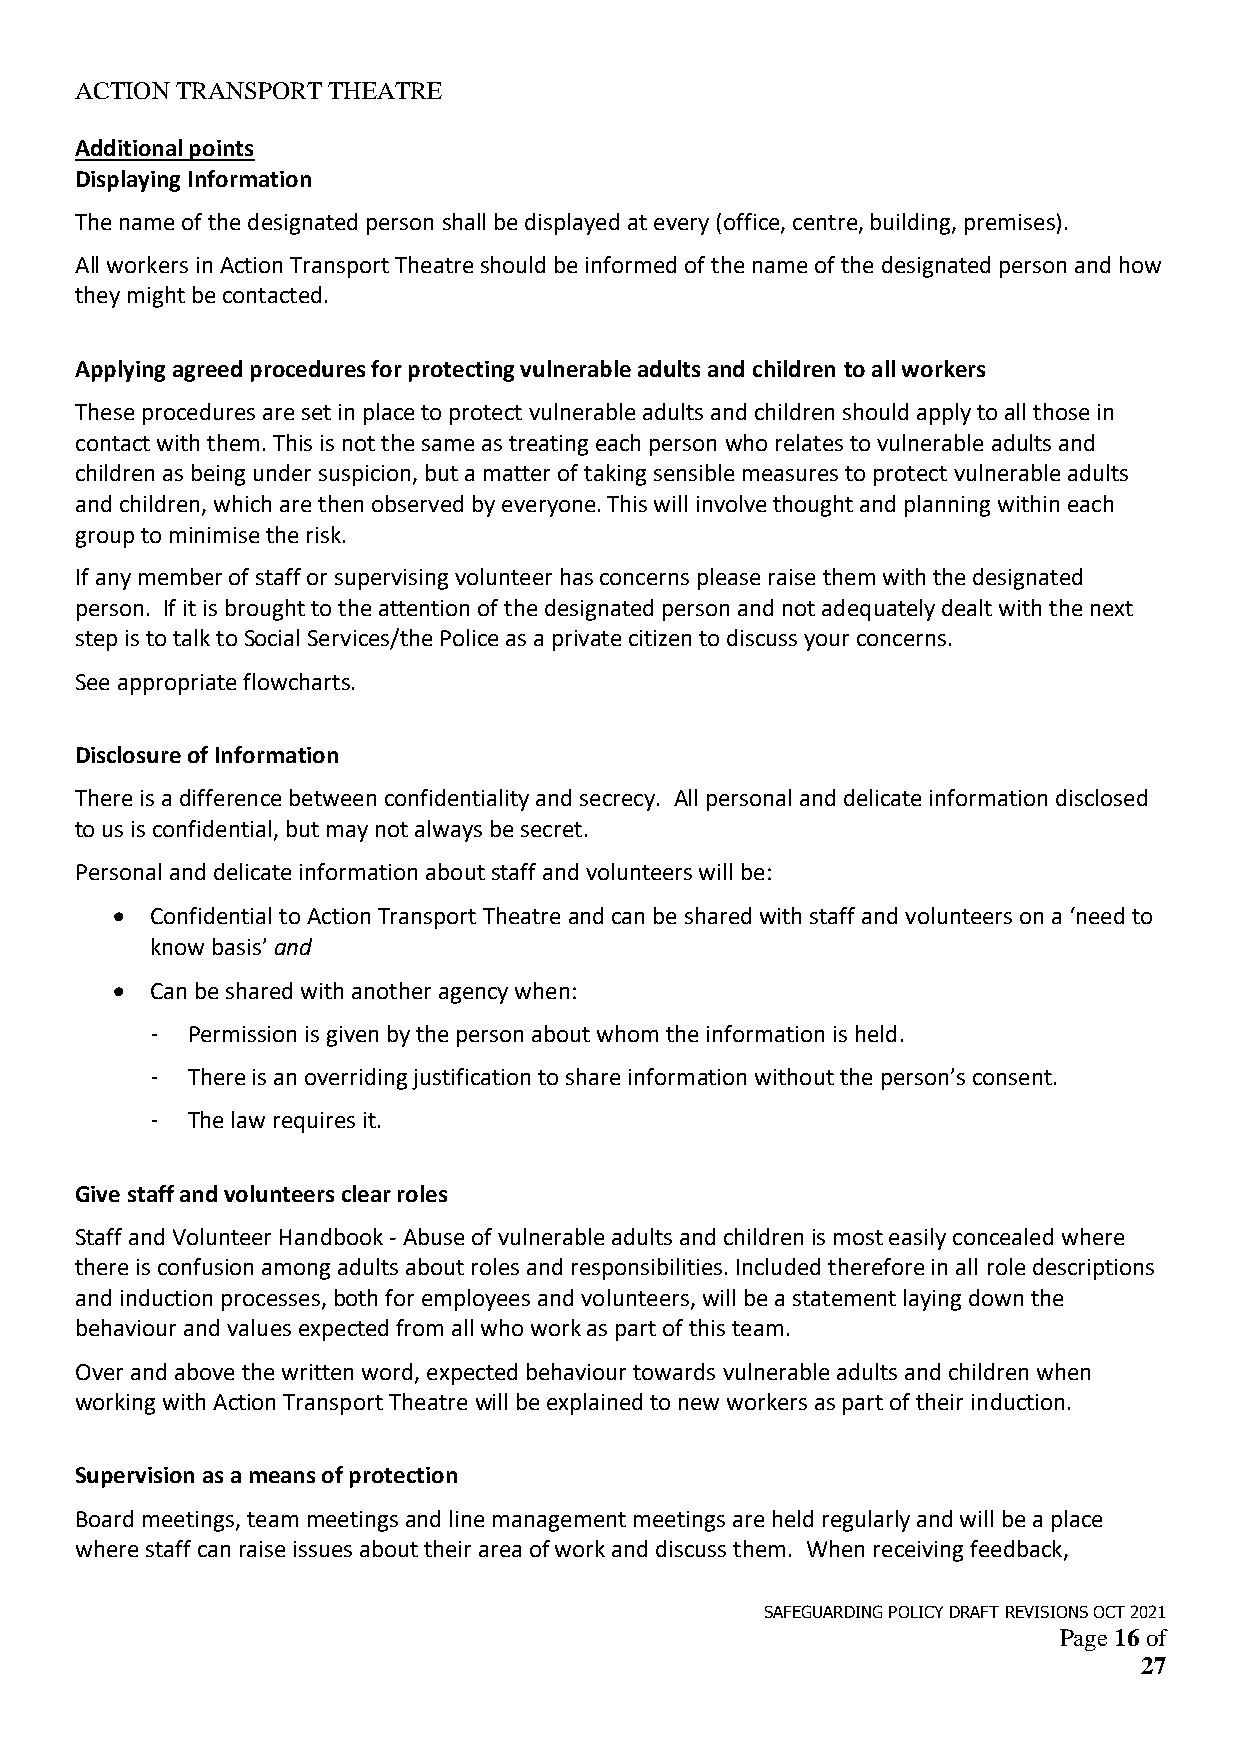
ACTION TRANSPORT THEATRE
 Additional points
 Displaying Information
 The name of the designated person shall be displayed at every (office, centre, building, premises).
 All workers in Action Transport Theatre should be informed of the name of the designated person and how
 they might be contacted.
 Applying agreed procedures for protecting vulnerable adults and children to all workers
 These procedures are set in place to protect vulnerable adults and children should apply to all those in
 contact with them. This is not the same as treating each person who relates to vulnerable adults and
 children as being under suspicion, but a matter of taking sensible measures to protect vulnerable adults
 and children, which are then observed by everyone. This will involve thought and planning within each
 group to minimise the risk.
 If any member of staff or supervising volunteer has concerns please raise them with the designated
 person. If it is brought to the attention of the designated person and not adequately dealt with the next
 step is to talk to Social Services/the Police as a private citizen to discuss your concerns.
 See appropriate flowcharts.
 Disclosure of Information
 There is a difference between confidentiality and secrecy. All personal and delicate information disclosed
 to us is confidential, but may not always be secret.
 Personal and delicate information about staff and volunteers will be:
 •  Confidential to Action Transport Theatre and can be shared with staff and volunteers on a ‘need to
 know basis’ and
 •  Can be shared with another agency when:
 - Permission is given by the person about whom the information is held.
 - There is an overriding justification to share information without the person’s consent.
 - The law requires it.
 Give staff and volunteers clear roles
 Staff and Volunteer Handbook - Abuse of vulnerable adults and children is most easily concealed where
 there is confusion among adults about roles and responsibilities. Included therefore in all role descriptions
 and induction processes, both for employees and volunteers, will be a statement laying down the
 behaviour and values expected from all who work as part of this team.
 Over and above the written word, expected behaviour towards vulnerable adults and children when
 working with Action Transport Theatre will be explained to new workers as part of their induction.
 Supervision as a means of protection
 Board meetings, team meetings and line management meetings are held regularly and will be a place
 where staff can raise issues about their area of work and discuss them. When receiving feedback,
 SAFEGUARDING POLICY DRAFT REVISIONS OCT 2021
 Page 16 of
 27